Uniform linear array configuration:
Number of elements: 48
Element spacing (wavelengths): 0.75
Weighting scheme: cosine
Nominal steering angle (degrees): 30
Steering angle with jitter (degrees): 28.012
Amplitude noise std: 0.05
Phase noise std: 0.05

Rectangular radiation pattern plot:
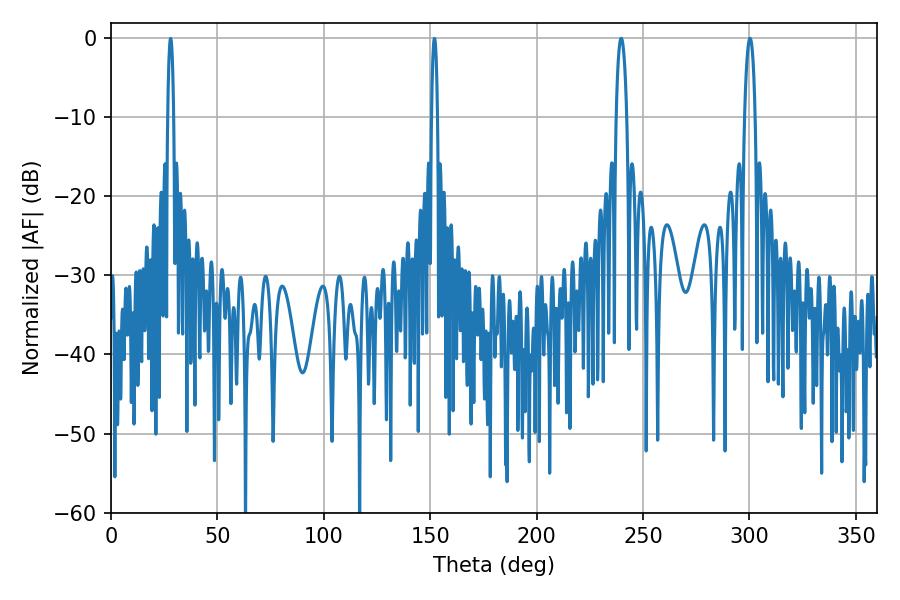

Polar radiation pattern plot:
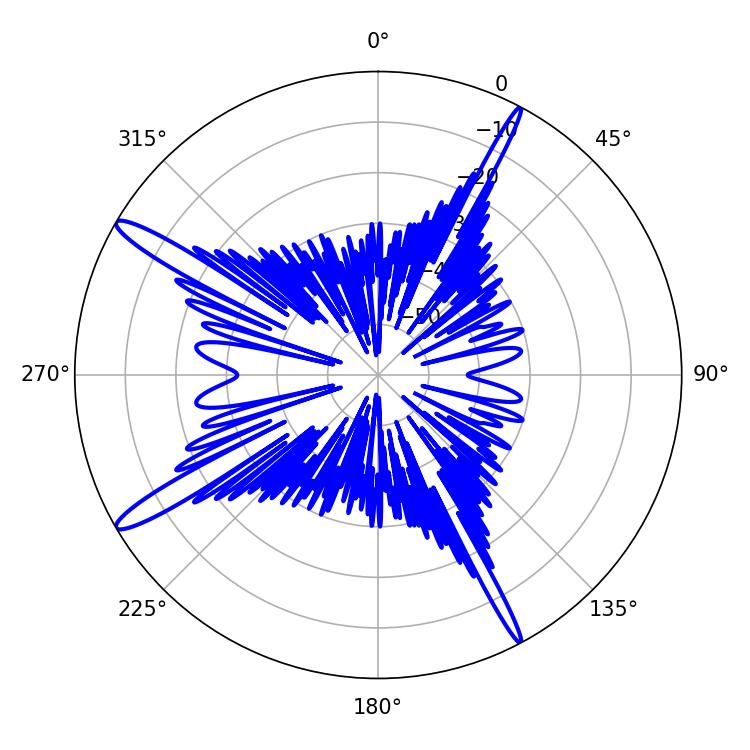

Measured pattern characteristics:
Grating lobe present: TRUE
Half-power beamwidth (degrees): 2.88
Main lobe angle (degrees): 239.76